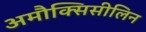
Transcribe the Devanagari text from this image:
अमौक्सिसीलिन